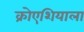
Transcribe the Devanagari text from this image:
क्रोएशियाला